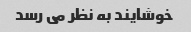
خوشایند به نظر می رسد